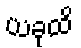
ယခုထိ